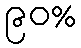
၉၀%